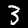
Digit: 3